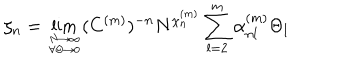
\zeta _ { n } = \lim _ { { N \to \infty } \atop { \forall \Theta \rightarrow 0 } } ( C ^ { ( m ) } ) ^ { - n } N ^ { \chi _ { n } ^ { ( m ) } } \sum _ { l = 2 } ^ { m } \alpha _ { n l } ^ { ( m ) } \Theta _ { l }